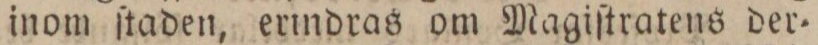
inom ſtaden, erindras om Magiſtratens der=